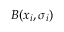
B ( x _ { i } , \sigma _ { i } )